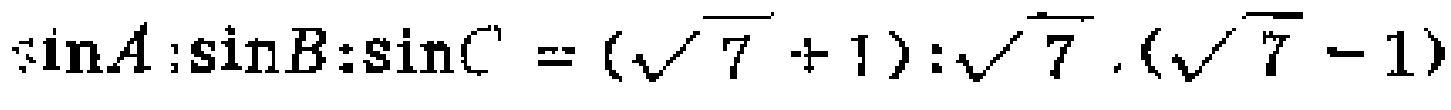
\(\sin A:\sin B:\sin C = (\sqrt{7} + 1):\sqrt{7}:(\sqrt{7} - 1)\)